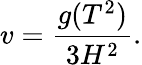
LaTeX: v=\frac{g(T^{2})}{3H^{2}}.